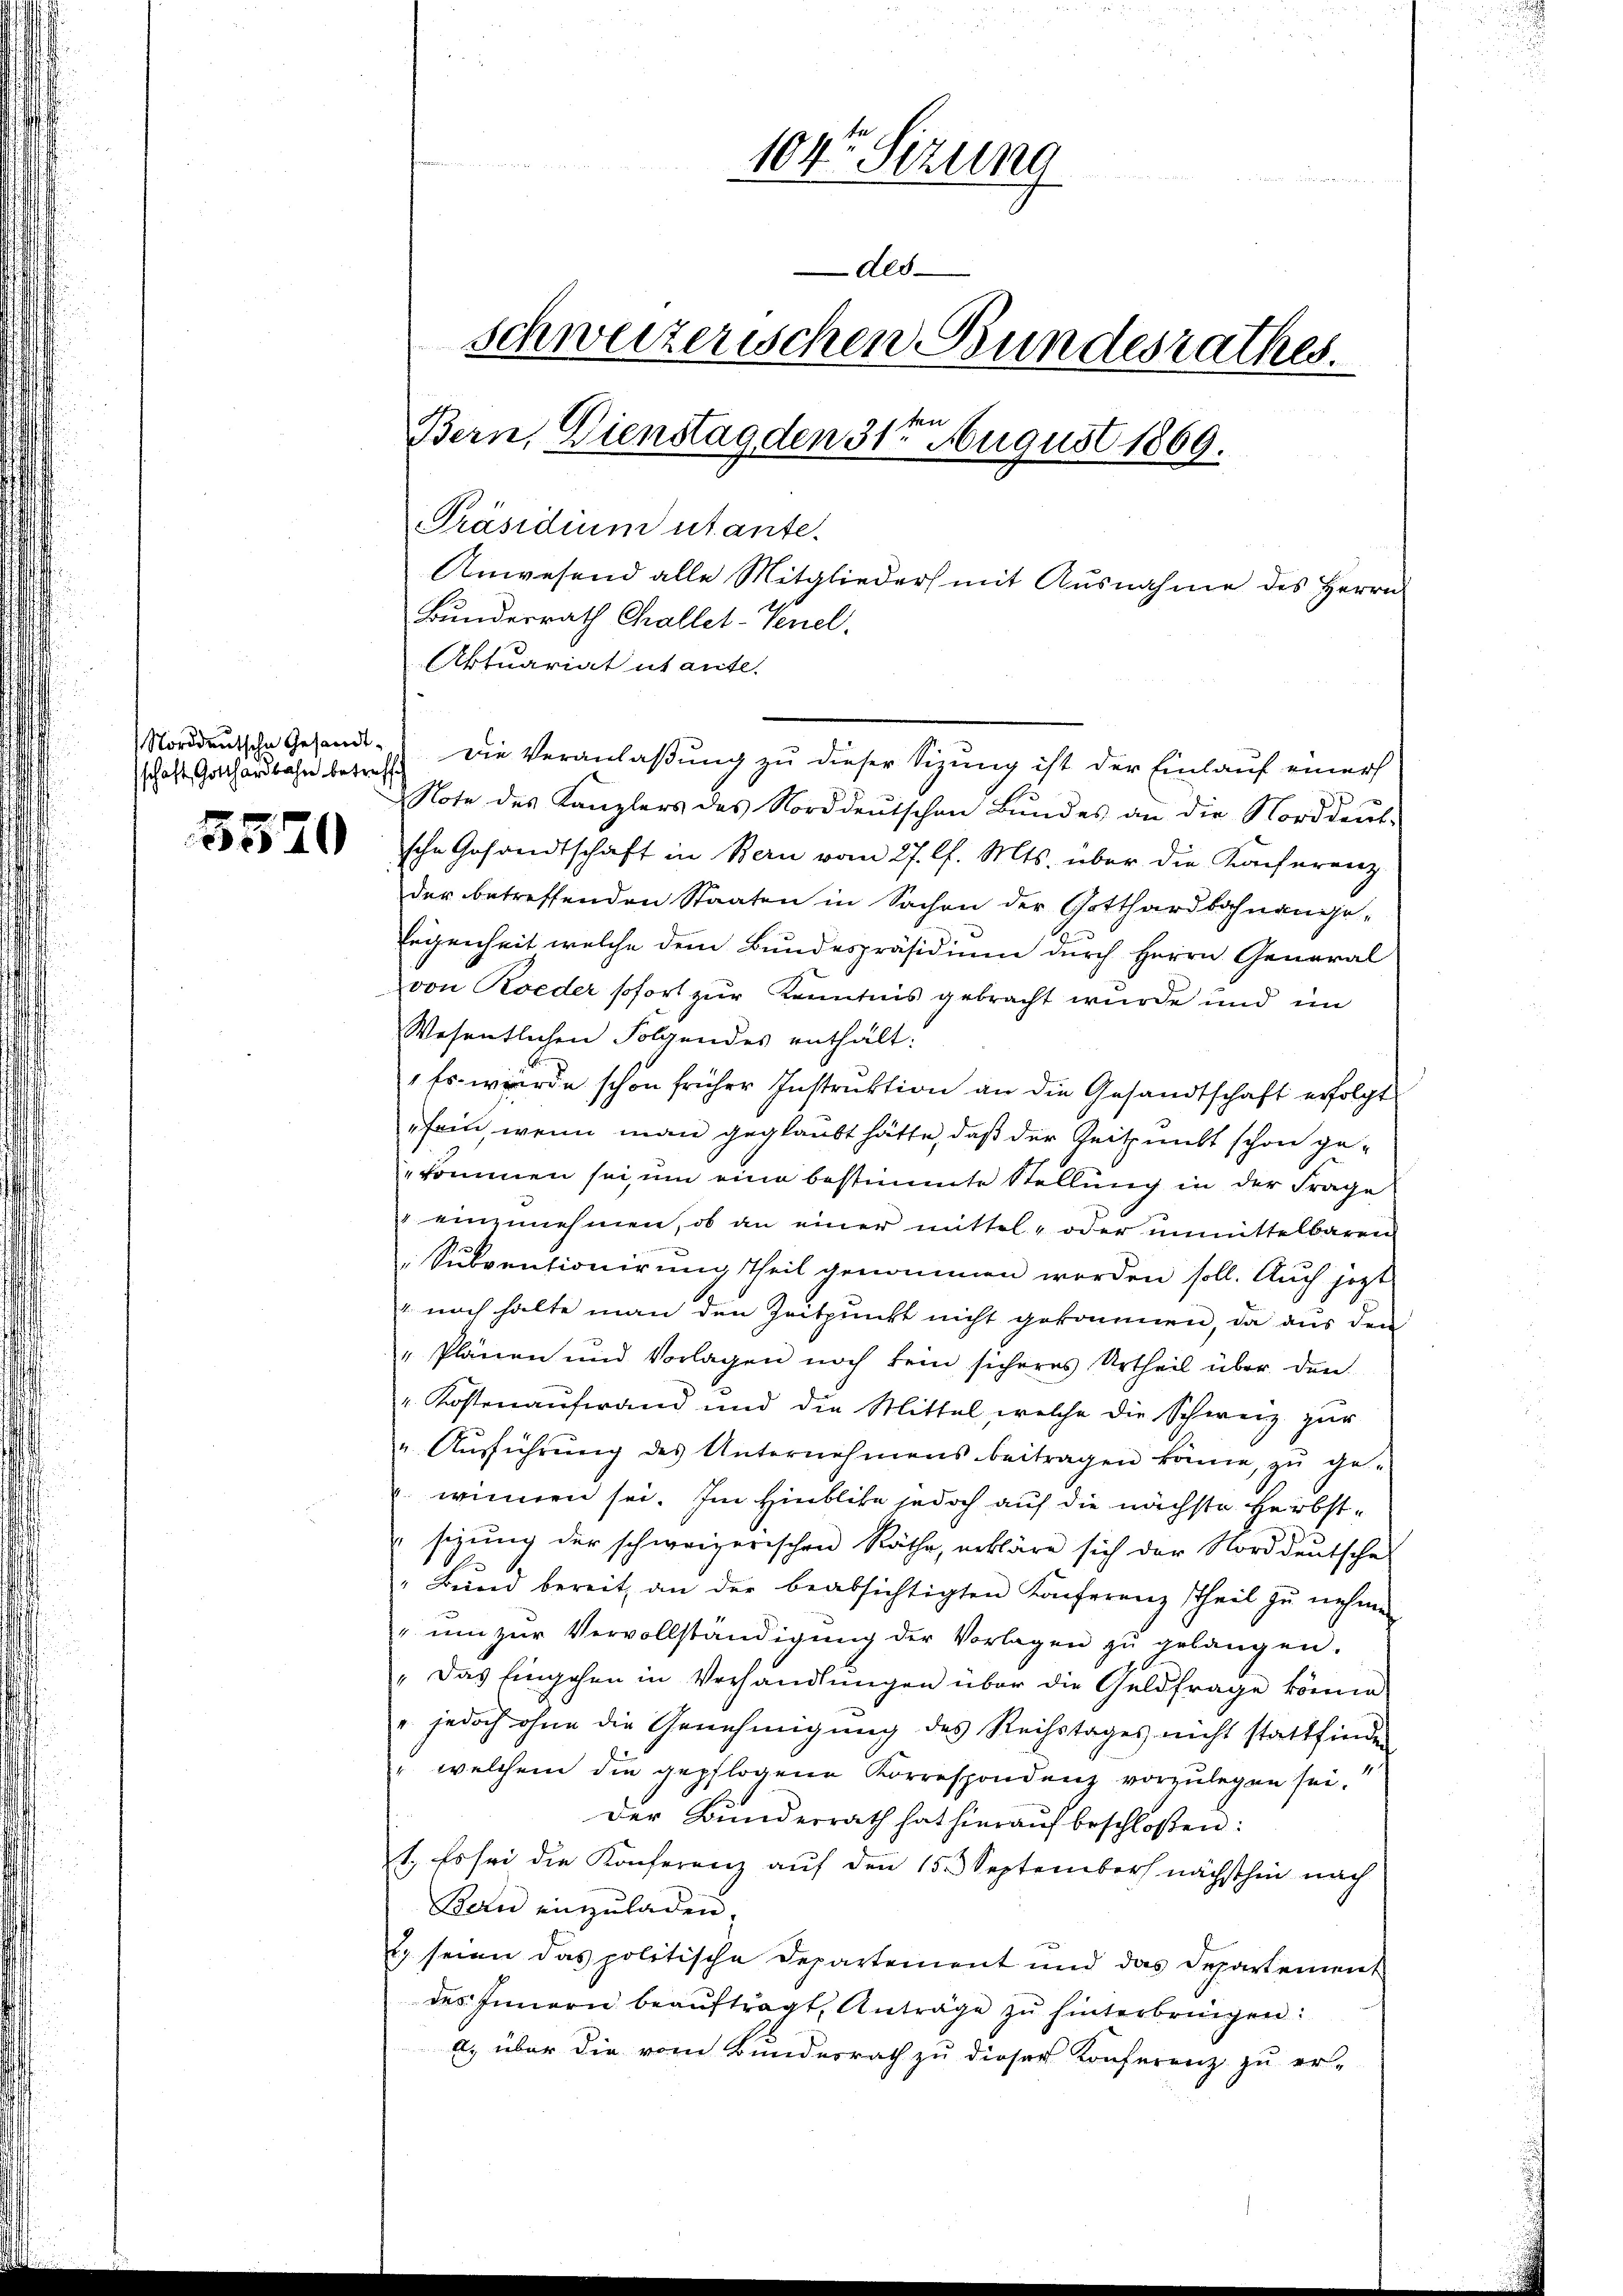
schaft Gotthardbahn betreff

5570

104 Sizung
Ald
schweizerischen Bundesrathes.
r
Bern, Dienstag den 31. August 1869.
Präsidium utante.
Anwesend alle Mitglieder mit Ausnahme des Herrn
Bundesrath Challet-Venel.
Aktuariat utante.

Norddeutsche Gesandt. Die Veranlaßung zu dieser Sizung ist der Einlauf einer
Note des Kanzlers des Norddeutschen Bŭndes an die Norddeut-
sche Gesandtschaft in Bern vom 27. l. Mts. über die Konferenz
der betreffenden Staaten in Sachen der Gotthardbahnange¬
Legenheit welche dem Bundespräsidium durch Herrn General
von Rieder sofort zur Kenntnis gebracht wurde und im
Wesentlichen Folgendes enthält:
" Es wurde schon früher Instruktion an die Gesandtschaft erfolgt
fein, wenn man geglaubt hätte, daß der Zeitpunkt schon gekommen sei, um eine bestimmte Stellung in der Frage
" einzunehmen, ob an einer mittel- oder unmittelbaren
Subventionirung Theil genommen werden soll. Auch jetzt
4. noch halte man den Zeitpunkt nicht gekommen, da aus den
"Plänen und Vorlagen noch kein sicheres Urtheil über den
" Kostenaufwand und die Mittel, welche die Schweiz zur
" Aŭsführŭng des Unternehmens beitragen könne, zŭ ge-
winnen sei. Im Hinblike jedoch auf die nächste Herbstsitzŭng der schweizerischen Räthe, erkläre sich der Norddeutsche
" Bŭnd bereit an der beabsichtigten Konferenz Theil zŭ nehme
"ŭm zŭr Vervollständigŭng der Vorlagen zŭ gelangen.
" Das Eingehen in Verhandlungen über die Geldfrage könne
". jedoch ohne die Genehmigung des Reihstages nicht stattfinden
" welchem die gepflogene Korrespondenz vorzŭlegen sei.
Der Bunderrath hat hieraŭf beschloßen:
1. Es sei die Konferenz auf den 15. September nächsthin nach
Bern einzuladen.
. seien das politische Departement und das Departement
des Innern beaŭftragt, Anträge zŭ hinterbringen:
a) über die vom Bundesrath zu dieser Konferenz zu er-